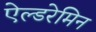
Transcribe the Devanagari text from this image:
ऐल्डरेमिन